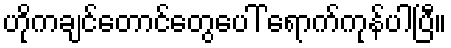
ဟိုကချင်တောင်တွေပေါ် ရောက်ကုန်ပါပြီ။